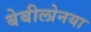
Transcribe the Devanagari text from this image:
बेबीलोनया